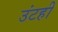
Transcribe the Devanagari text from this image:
उंटही